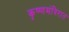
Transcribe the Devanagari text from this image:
कृष्णमंदिरात